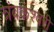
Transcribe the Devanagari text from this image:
त्रंबकेश्वरी